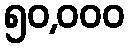
၅၀,၀၀၀